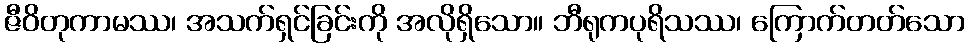
ဇီဝိတုကာမဿ၊ အသက်ရှင်ခြင်းကို အလိုရှိသော။ ဘီရုကပုရိသဿ၊ ကြောက်တတ်သော